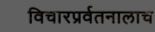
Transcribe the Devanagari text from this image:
विचारप्रर्वतनालाच